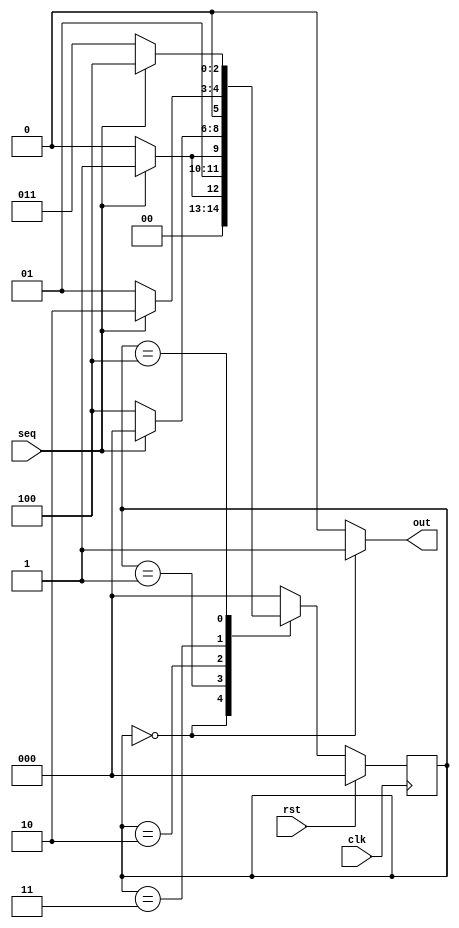
module fsm_more(rst,clk,seq,out);
  parameter S0=3'b000,
	    S1=3'b001,
            S2=3'b010,
	    S3=3'b011,
	    S4=3'b100;
  input seq,rst,clk;
  output out;
  reg[2:0]present_state,next_state;

//Input logic
  always@(posedge clk)
    begin
	    if(rst)
		    present_state=S0;
	    else
		    present_state=next_state;
    end
//Next state logic
  always@(*)
	    begin
		    case(present_state)
			    S0:if(seq==1)
			    		next_state=S1;
		            	else
				    	next_state=S0;
			    S1:if(seq==1)
			    		next_state=S3;
		            else
				    	next_state=S2;
			    S2:if(seq==1)
			    		next_state=S0;
		            else
				 	next_state=S4;
			    S3:if(seq==1)
			    		next_state=S2;
		            else
				    	next_state=S1;
			    S4:if(seq==1)
			    		next_state=S4;
		            else
				    	next_state=S3;
			    default:
					next_state=S0;
		    endcase
	  end
//Output logic
assign out=(present_state==S0)?1'b1:1'b0;
endmodule